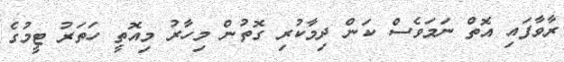
ރާވާފައި އޮތް ނަމަވެސް ކަން ދިމާކުރި ގޮތުން މިހާރު މިއޮތީ ހަތަރު ޓީމުގެ